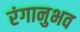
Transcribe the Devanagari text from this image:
रंगानुभव